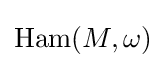
\mathop {\rm {Ham}} (M,\omega )